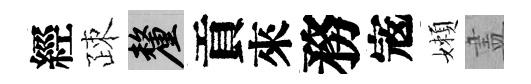
經疎厘貢來務𡨥嬾𥁞